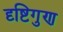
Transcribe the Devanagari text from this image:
दृष्टिगुण